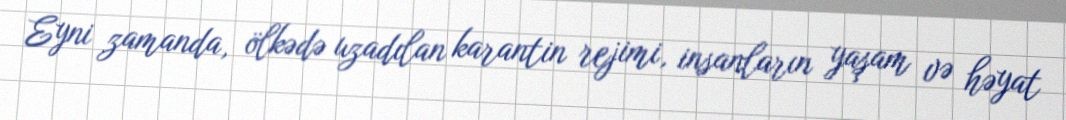
Eyni zamanda, ölkədə uzadılan karantin rejimi, insanların yaşam və həyat